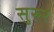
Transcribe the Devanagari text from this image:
सुरुर